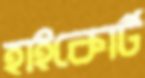
হাইকোর্ট